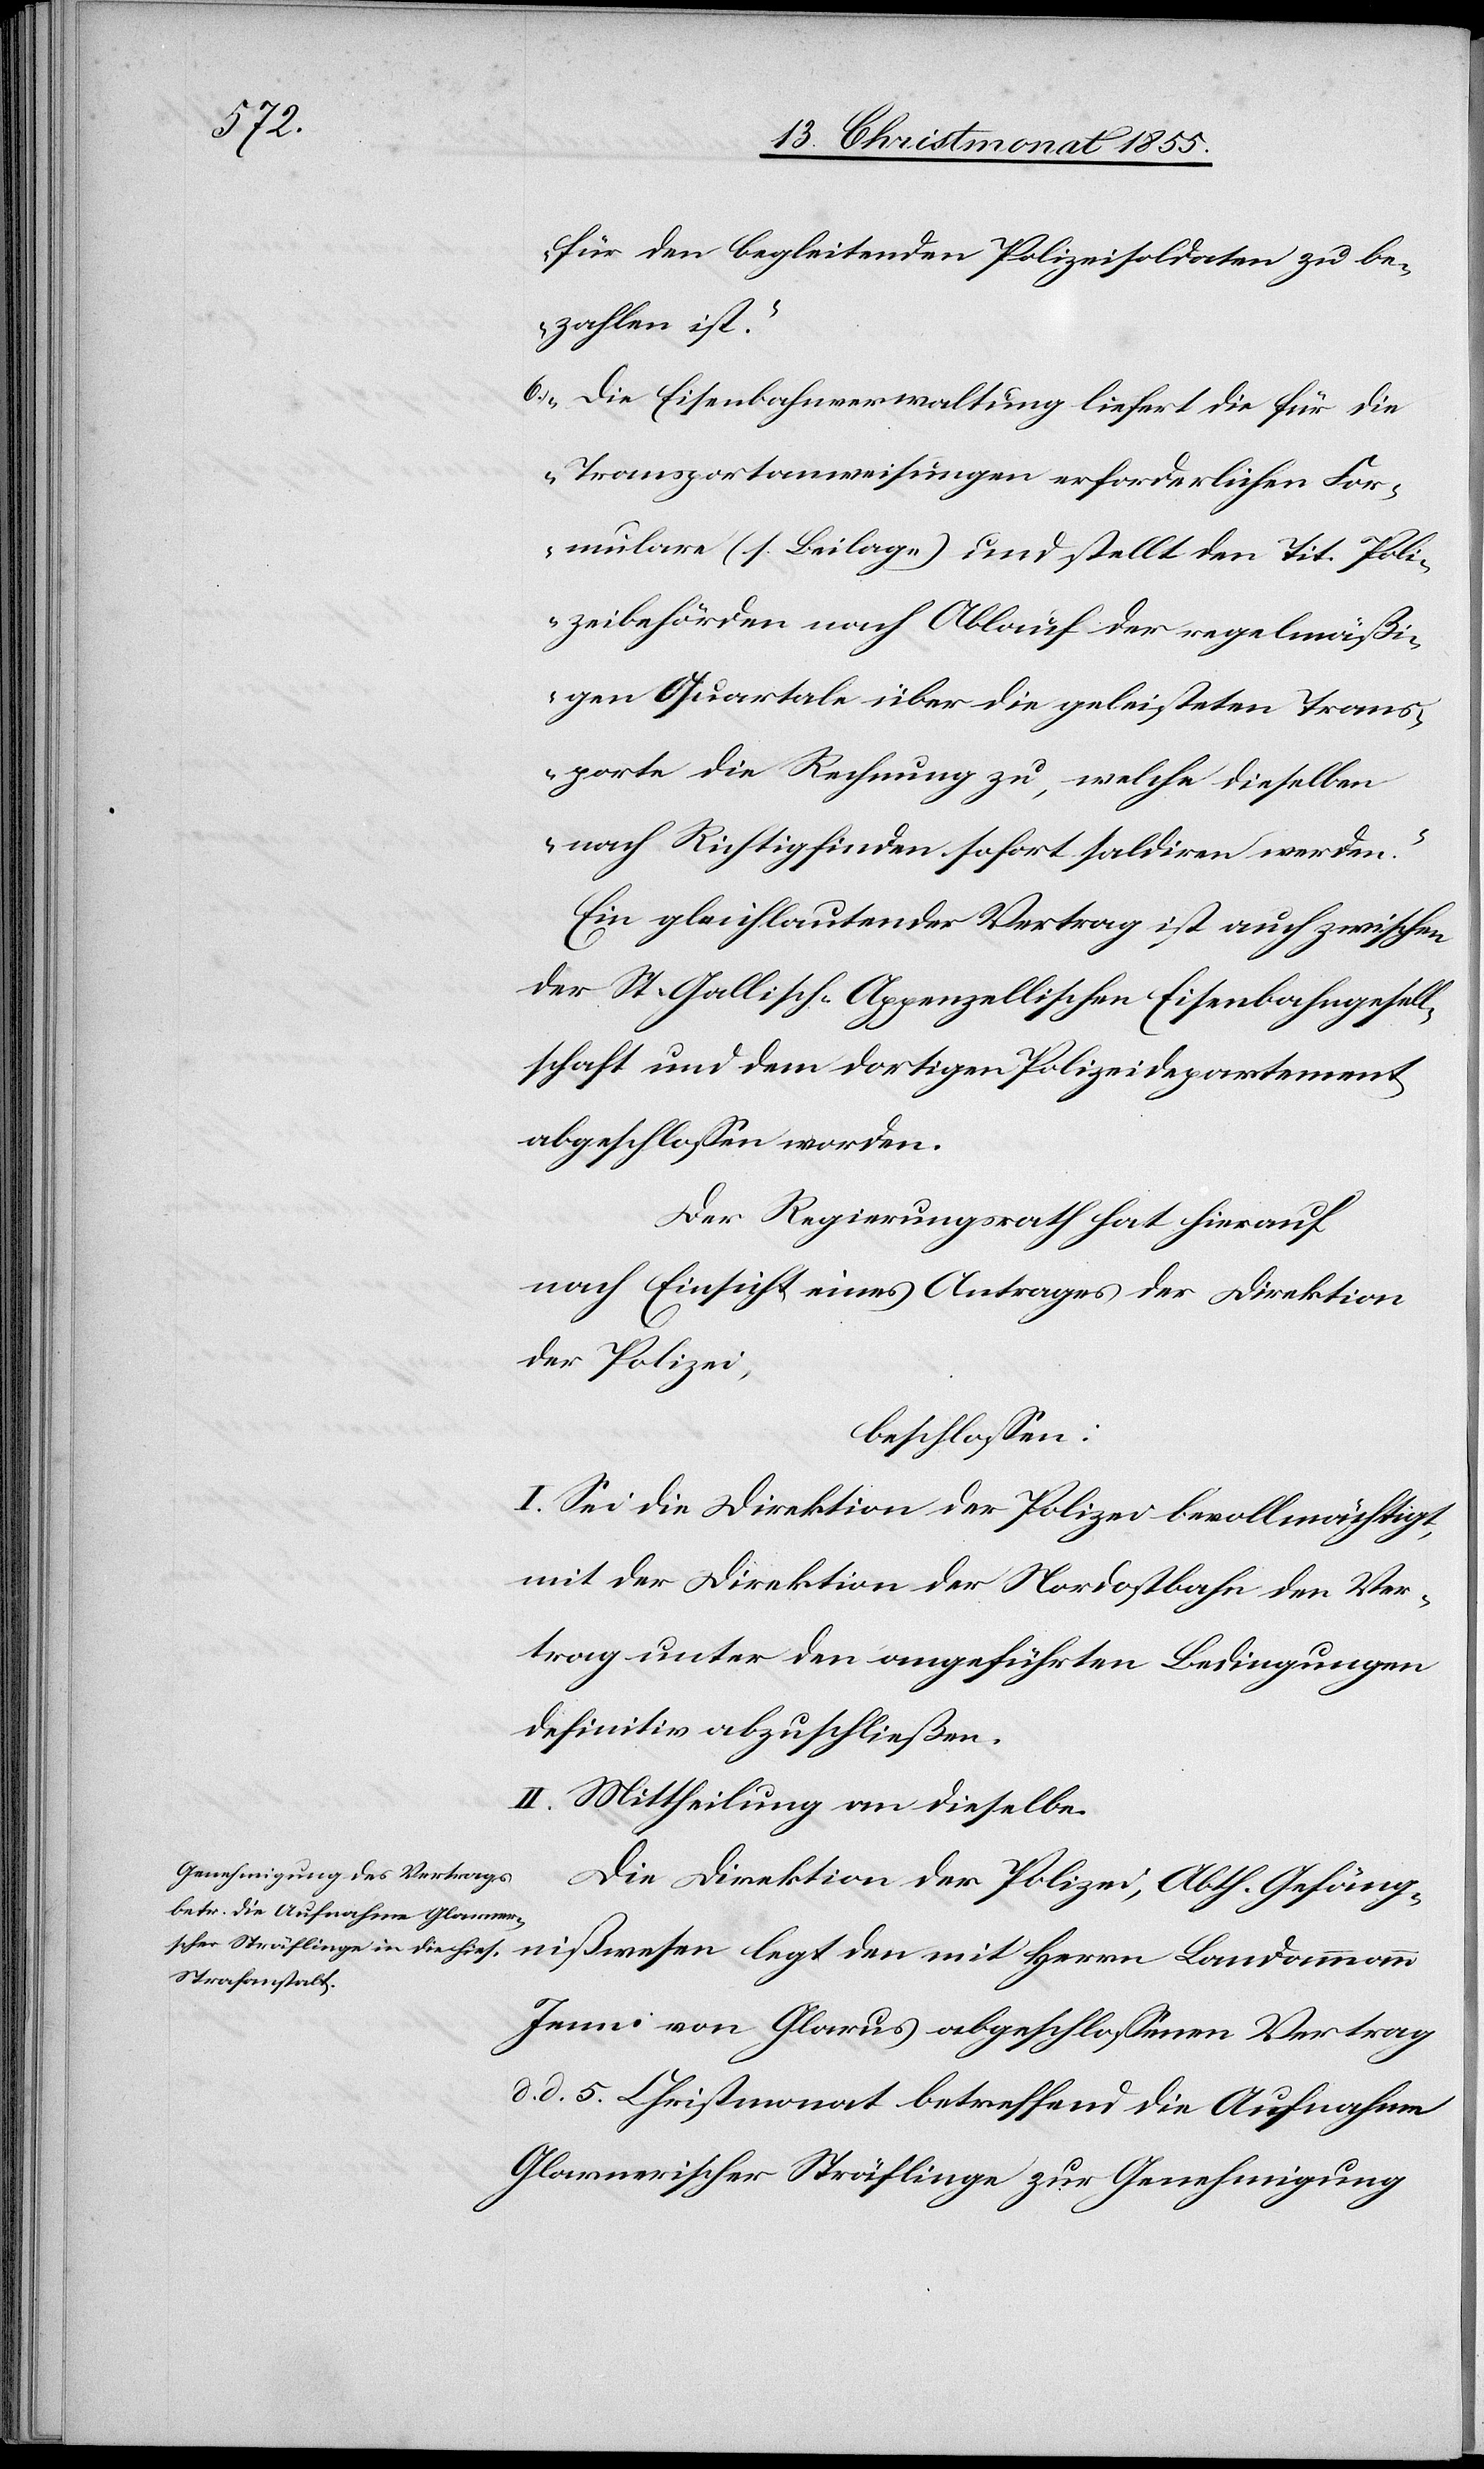
nißwesen

für den begleitenden Polizeisoldaten zu be¬
zahlen ist.“
„Die Eisenbahnverwaltung liefert die für die
Transportanweisungen erforderlichen For¬
mulare (s. Beilage) und stellt den Tit. Poli¬
zeibehörden nach Ablauf der regelmäßi¬
gen Quartale über die geleisteten Trans¬
porte die Rechnung zu, welche dieselben
nach Richtigfinden sofort saldiren werden.“
Ein gleichlautender Vertrag ist auch zwischen
der St. Gallisch-Appenzellischen Eisenbahngesell¬
schaft und dem dortigen Polizeidepartement
abgeschlossen worden.
Der Regierungsrath hat hierauf
nach Einsicht eines Antrages der Direktion
der Polizei,
beschlossen:
I. Sei die Direktion der Polizei bevollmächtigt,
mit der Direktion der Nordostbahn den Ver¬
trag unter den angeführten Bedingungen
definitiv abzuschließen.
II. Mittheilung an dieselbe.
Die Direktion der Polizei, Abth. Gefäng¬
Jenni von Glarus abgeschlossenen Vertrag
d. d. 5. Christmonat betreffend die Aufnahme
Glarnerischer Sträflinge zur Genehmigung